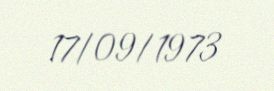
17/09/1973